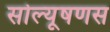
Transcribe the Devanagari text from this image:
सोल्यूषणस